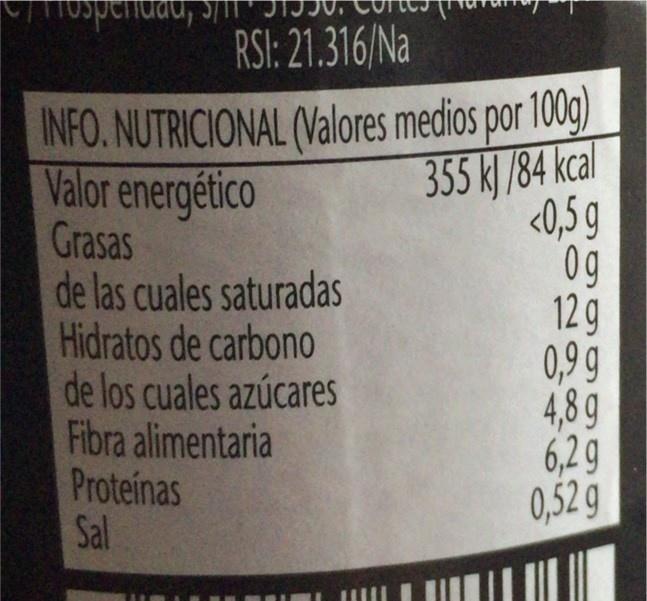
RSI: 21.316/Na
INFO. NUTRICIONAL (Valores medios por 100g) Valor energético Grasas de las cuales saturadas Hidratos de carbono de los cuales azúcares Fibra alimentaria Proteinas Sal
355 k /84 kcal <0,5g 0g 12 g 0,99 4,8g 6,2 g 0,52 g